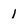
Character: 1